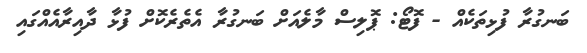
ބަނގުރާ ފުޅިތަކެއް - ފޮޓޯ: ޕޮލިސް މާލެއަށް ބަނގުރާ އެތެރެކޮށް ފުޅާ ދާއިރާއެއްގައި